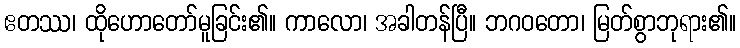
ဧတဿ၊ ထိုဟောတော်မူခြင်း၏။ ကာလော၊ အခါတန်ပြီ။ ဘဂဝတော၊ မြတ်စွာဘုရား၏။